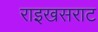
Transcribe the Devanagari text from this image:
राइखसराट